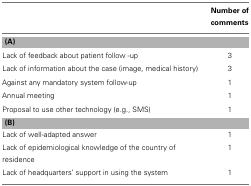
<table><thead><tr><td></td><td><b>Number of comments</b></td></tr></thead><tbody><tr><td colspan="2"><b>(A)</b></td></tr><tr><td>Lack of feedback about patient follow-up</td><td>3</td></tr><tr><td>Lack of information about the case (image, medical history)</td><td>3</td></tr><tr><td>Against any mandatory system follow-up</td><td>1</td></tr><tr><td>Annual meeting</td><td>1</td></tr><tr><td>Proposal to use other technology (e.g., SMS)</td><td>1</td></tr><tr><td colspan="2"><b>(B)</b></td></tr><tr><td>Lack of well-adapted answer</td><td>1</td></tr><tr><td>Lack of epidemiological knowledge of the country of residence</td><td>1</td></tr><tr><td>Lack of headquarters’ support in using the system</td><td>1</td></tr></tbody></table>